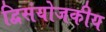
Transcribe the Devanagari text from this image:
द्विसंयोजकीय